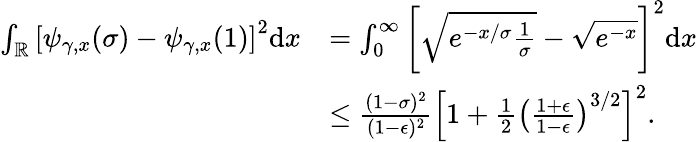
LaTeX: \begin{array}{rl}{\int_{\mathbb{R}}\left[\psi_{\gamma,x}(\sigma)-\psi_{\gamma,x}(1)\right]^{2}\mathrm{d}x}&{=\int_{0}^{\infty}\left[\sqrt{e^{-x/\sigma}\frac{1}{\sigma}}-\sqrt{e^{-x}}\right]^{2}\mathrm{d}x}\\ &{\leq\frac{(1-\sigma)^{2}}{(1-\epsilon)^{2}}\left[1+\frac{1}{2}\left(\frac{1+\epsilon}{1-\epsilon}\right)^{3/2}\right]^{2}.}\end{array}